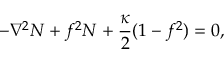
- \nabla ^ { 2 } N + f ^ { 2 } N + \frac { \kappa } { 2 } ( 1 - f ^ { 2 } ) = 0 ,